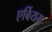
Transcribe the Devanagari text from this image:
एर्बियम